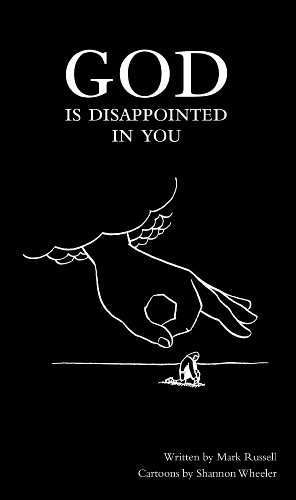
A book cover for God Is Disappointed in You; Mark Russell; Humor & Entertainment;